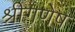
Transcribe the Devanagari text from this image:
श्रीगणेष